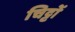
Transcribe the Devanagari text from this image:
चिट्टों